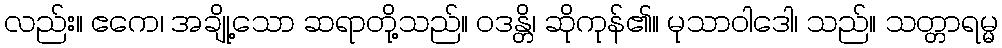
လည်း။ ဧကေ၊ အချို့သော ဆရာတို့သည်။ ဝဒန္တိ၊ ဆိုကုန်၏။ မုသာဝါဒေါ၊ သည်။ သတ္တာရမ္မ